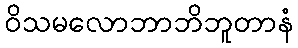
ဝိသမလောဘာဘိဘူတာနံ